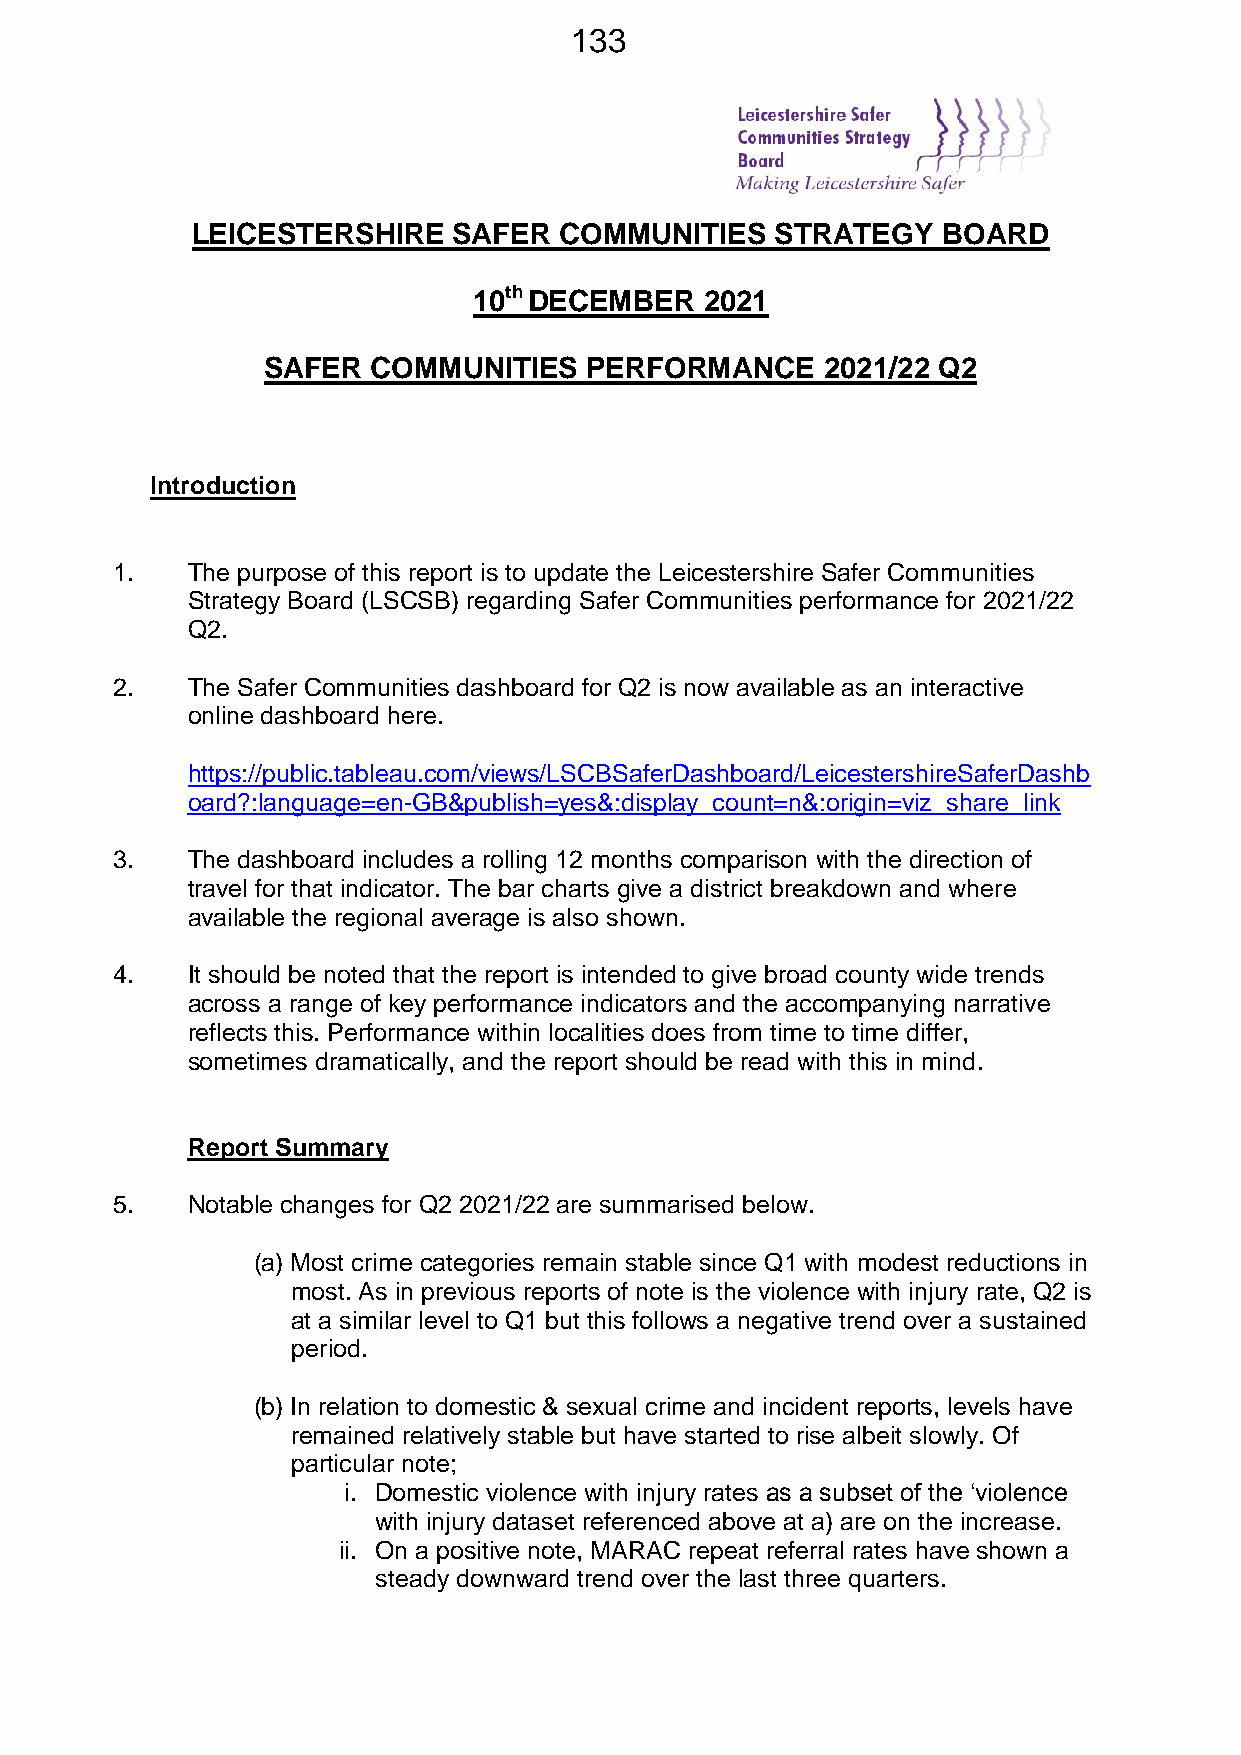
133
 LEICESTERSHIRE   SAFER  COMMUNITIES   STRATEGY   BOARD
 10th DECEMBER   2021
 SAFER   COMMUNITIES   PERFORMANCE     2021/22 Q2
 Introduction
 1.   The purpose of this report is to update the Leicestershire Safer Communities
 Strategy Board (LSCSB) regarding Safer Communities performance for 2021/22
 Q2.
 2.   The Safer Communities dashboard for Q2 is now available as an interactive
 online dashboard here.
 https://public.tableau.com/views/LSCBSaferDashboard/LeicestershireSaferDashb
 oard?:language=en-GB&publish=yes&:display_count=n&:origin=viz_share_link
 3.   The dashboard includes a rolling 12 months comparison with the direction of
 travel for that indicator. The bar charts give a district breakdown and where
 available the regional average is also shown.
 4.   It should be noted that the report is intended to give broad county wide trends
 across a range of key performance indicators and the accompanying narrative
 reflects this. Performance within localities does from time to time differ,
 sometimes dramatically, and the report should be read with this in mind.
 Report Summary
 5.   Notable changes for Q2 2021/22 are summarised below.
 (a) Most crime categories remain stable since Q1 with modest reductions in
 most. As in previous reports of note is the violence with injury rate, Q2 is
 at a similar level to Q1 but this follows a negative trend over a sustained
 period.
 (b) In relation to domestic & sexual crime and incident reports, levels have
 remained relatively stable but have started to rise albeit slowly. Of
 particular note;
 i. Domestic violence with injury rates as a subset of the ‘violence
 with injury dataset referenced above at a) are on the increase.
 ii. On a positive note, MARAC repeat referral rates have shown a
 steady downward trend over the last three quarters.